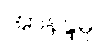
အာနန္ဒမ္ပိ